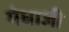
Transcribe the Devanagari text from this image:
मेधाजी